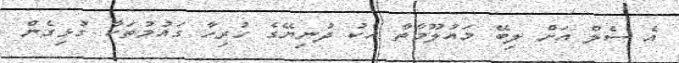
އެ ސެލް އަށް ލިބޭ މައުލޫމާތާ އެކު ދުނިޔޭގެ ހުރިހާ ގައުމުތަކާ ގުޅިގެން